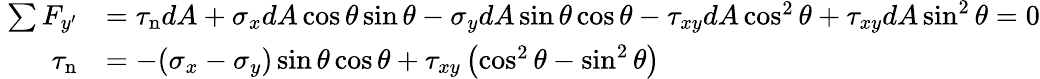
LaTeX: \ {\begin{array}{rl}{\sum F_{y^{\prime}}}&{=\tau_{\mathrm{n}}dA+\sigma_{x}dA\cos\theta\sin\theta-\sigma_{y}dA\sin\theta\cos\theta-\tau_{xy}dA\cos^{2}\theta+\tau_{xy}dA\sin^{2}\theta=0}\\ {\tau_{\mathrm{n}}}&{=-(\sigma_{x}-\sigma_{y})\sin\theta\cos\theta+\tau_{xy}\left(\cos^{2}\theta-\sin^{2}\theta\right)}\end{array}}